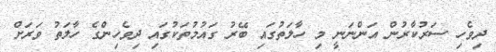
ދިވެހި ސަރުކާރުން އަންނަނީ މި ހާލަތުގައި ބޭރު ގައުމުތަކުގައި ދިވެހިންގެ ހާލަތު ވަރަށް